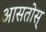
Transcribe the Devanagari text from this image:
आसतोस्